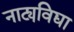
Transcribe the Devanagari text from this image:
नाट्यविद्या